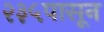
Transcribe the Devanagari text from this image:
२३५पासून